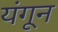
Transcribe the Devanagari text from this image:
यंगून